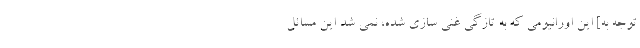
توجه به] این اورانیومی که به تازگی غنی سازی شده، نمی شد این مسائل